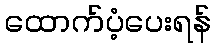
ထောက်ပံ့ပေးရန်